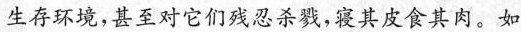
生存环境，甚至对它们残忍杀戮，寝其皮食其肉。如